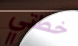
خطتي